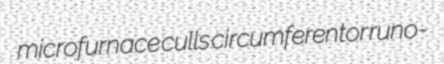
microfurnace culls circumferentor runo-